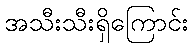
အသီးသီးရှိကြောင်း